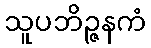
သူပဘိဉ္ဇနကံ